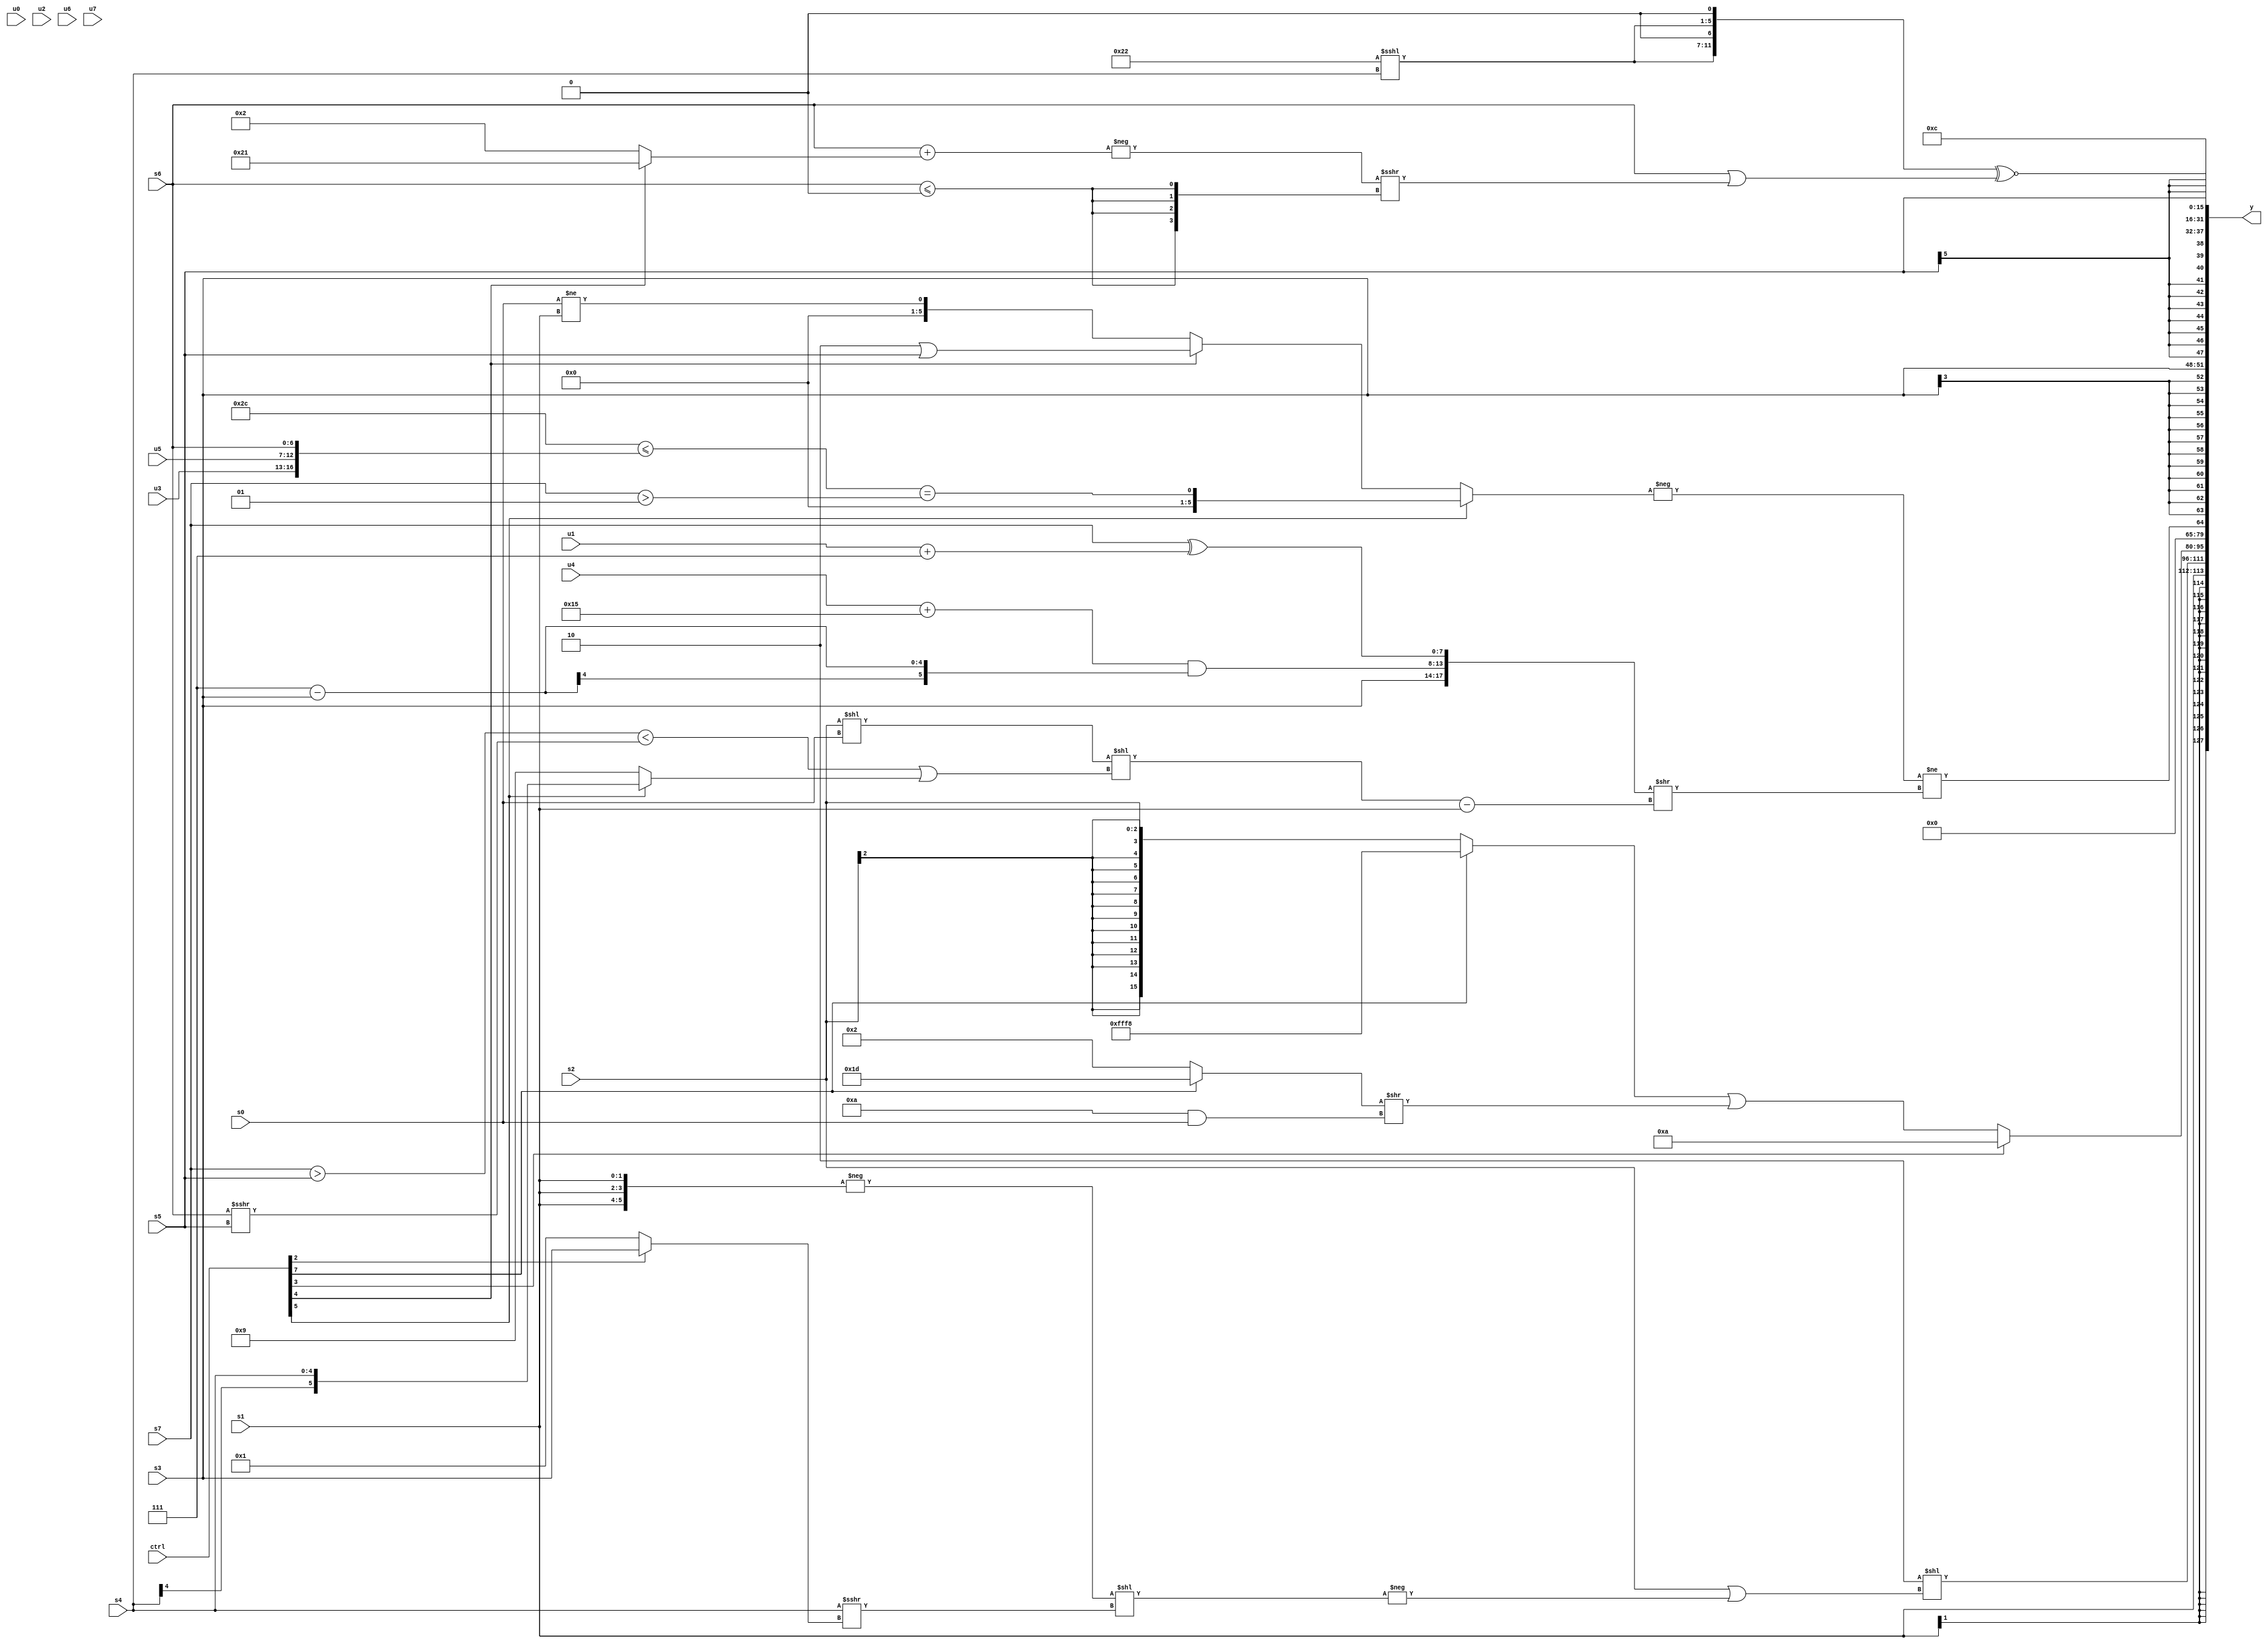
module wideexpr_00555(ctrl, u0, u1, u2, u3, u4, u5, u6, u7, s0, s1, s2, s3, s4, s5, s6, s7, y);
  input [7:0] ctrl;
  input [0:0] u0;
  input [1:0] u1;
  input [2:0] u2;
  input [3:0] u3;
  input [4:0] u4;
  input [5:0] u5;
  input [6:0] u6;
  input [7:0] u7;
  input signed [0:0] s0;
  input signed [1:0] s1;
  input signed [2:0] s2;
  input signed [3:0] s3;
  input signed [4:0] s4;
  input signed [5:0] s5;
  input signed [6:0] s6;
  input signed [7:0] s7;
  output [127:0] y;
  wire [15:0] y0;
  wire [15:0] y1;
  wire [15:0] y2;
  wire [15:0] y3;
  wire [15:0] y4;
  wire [15:0] y5;
  wire [15:0] y6;
  wire [15:0] y7;
  assign y = {y0,y1,y2,y3,y4,y5,y6,y7};
  assign y0 = s1;
  assign y1 = (2'sb10)<<((s2)|(-((-({3{s1}}))<<((s4)>>>((ctrl[2]?s3:4'sb0001))))));
  assign y2 = (ctrl[3]?6'sb001010:+(((ctrl[7]?4'sb1000:+(s2)))|(((ctrl[7]?3'sb101:5'sb00010))>>((5'sb01010)&(s0)))));
  assign y3 = (+(-((ctrl[5]?((6'sb101100)<=({u3,u5,s6}))==((s7)>(3'sb001)):$signed((ctrl[4]?(2'b10)|(s5):(s0)!=(s1)))))))!=((+({s3,$unsigned(((u4)+(6'sb010101))&((3'b111)-(s3))),+(({1{s7}})^((u1)+(4'sb0111)))}))>>((((s2)<<(s0))<<((((s7)>(s5))<((s6)>>>(s5)))|({1{(ctrl[5]?s4:6'sb001001)}})))-(s1)));
  assign y4 = s3;
  assign y5 = s5;
  assign y6 = ($signed({2{((6'sb100010)<<<(s4))<<<(1'sb1)}}))^~((s6)|((-($signed($signed((s6)+((ctrl[4]?6'sb100001:3'sb010))))))>>>({4{+($signed(($unsigned(s6))<=($signed(2'sb00))))}})));
  assign y7 = 6'sb001100;
endmodule